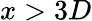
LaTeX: x>3D